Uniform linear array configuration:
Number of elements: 12
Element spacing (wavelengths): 0.25
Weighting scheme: hann
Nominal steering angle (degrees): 0
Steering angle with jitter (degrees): -0.002756
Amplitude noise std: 0.05
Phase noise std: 0.05

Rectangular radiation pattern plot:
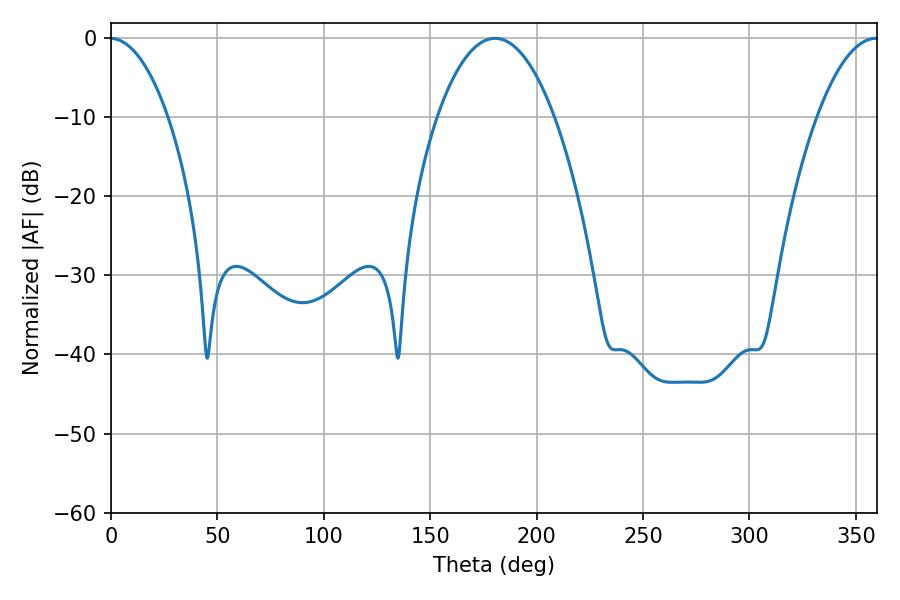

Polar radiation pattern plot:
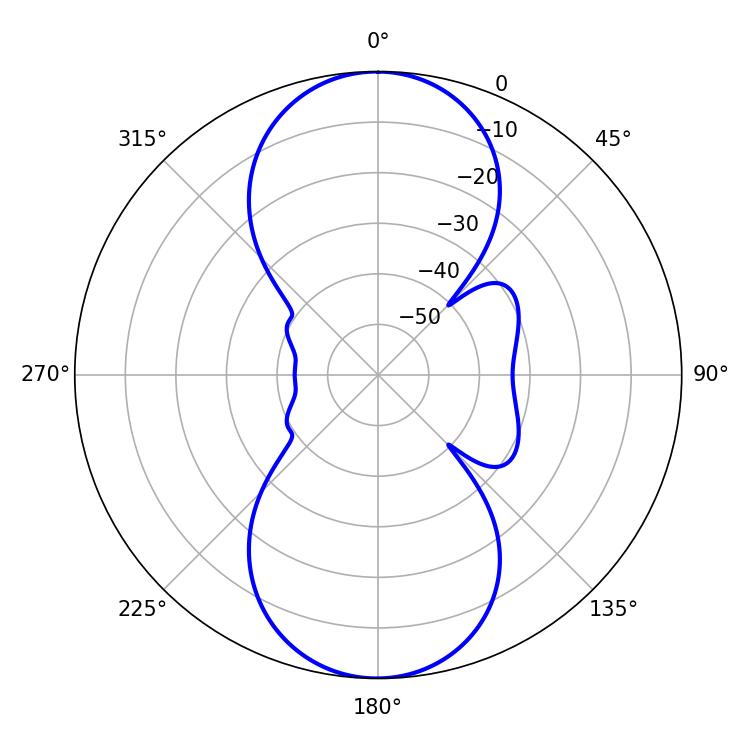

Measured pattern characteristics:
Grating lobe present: FALSE
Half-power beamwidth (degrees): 30.6
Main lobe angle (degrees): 180.36